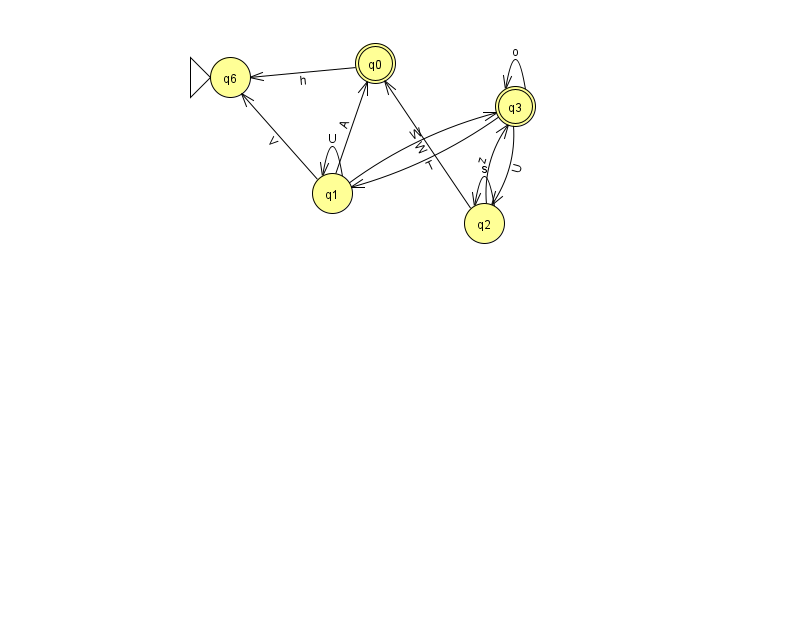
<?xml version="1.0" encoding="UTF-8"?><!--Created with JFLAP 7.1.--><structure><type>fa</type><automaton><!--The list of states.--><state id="0" name="q0"><x>375.0</x><y>50.0</y><final/></state><state id="1" name="q1"><x>332.0</x><y>180.0</y></state><state id="2" name="q2"><x>484.0</x><y>210.0</y></state><state id="3" name="q3"><x>515.0</x><y>93.0</y><final/></state><state id="6" name="q6"><x>230.0</x><y>64.0</y><initial/></state><!--The list of transitions.--><transition><from>2</from><to>2</to><read>s</read></transition><transition><from>1</from><to>3</to><read>W</read></transition><transition><from>1</from><to>1</to><read>U</read></transition><transition><from>2</from><to>3</to><read>z</read></transition><transition><from>2</from><to>0</to><read>W</read></transition><transition><from>3</from><to>1</to><read>T</read></transition><transition><from>1</from><to>6</to><read>V</read></transition><transition><from>0</from><to>6</to><read>h</read></transition><transition><from>3</from><to>2</to><read>U</read></transition><transition><from>1</from><to>0</to><read>A</read></transition><transition><from>3</from><to>3</to><read>o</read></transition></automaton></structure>